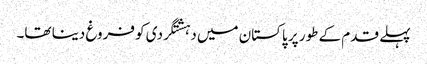
پہلے قدم کے طور پر پاکستان میں دہشتگردی کو فروغ دینا تھا۔